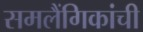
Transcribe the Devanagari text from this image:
समलैंगिकांची